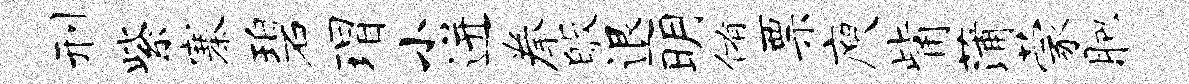
刑紫寨碧瑁小迸拳皈退明侑票庾觜蒲蒙肥